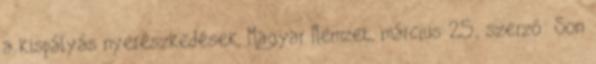
a kispályás nyerészkedések, Magyar Nemzet, március 25., szerző: Son